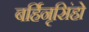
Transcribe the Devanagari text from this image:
बर्हिनृसिंहो